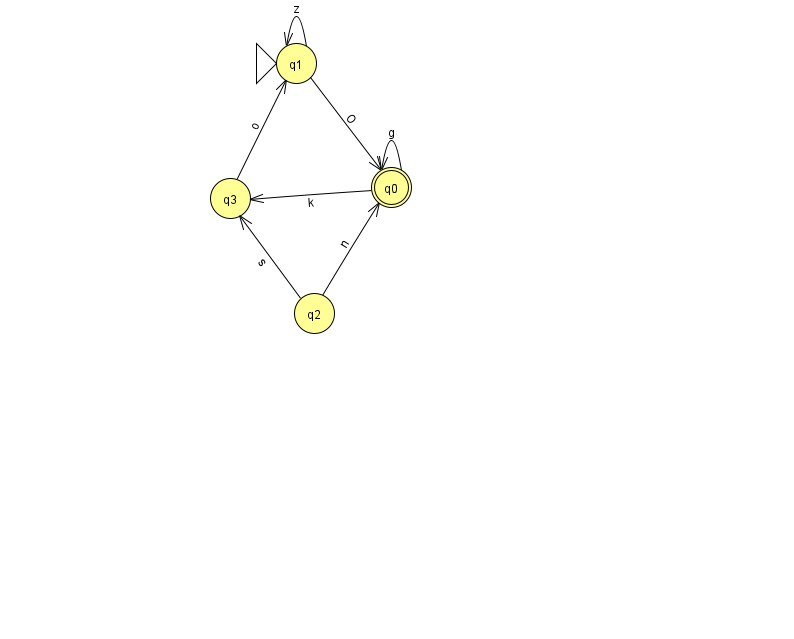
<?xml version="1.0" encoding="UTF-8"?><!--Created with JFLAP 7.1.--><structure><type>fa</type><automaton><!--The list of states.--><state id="0" name="q0"><x>391.0</x><y>174.0</y><final/></state><state id="1" name="q1"><x>296.0</x><y>50.0</y><initial/></state><state id="2" name="q2"><x>314.0</x><y>300.0</y></state><state id="3" name="q3"><x>230.0</x><y>185.0</y></state><!--The list of transitions.--><transition><from>2</from><to>3</to><read>s</read></transition><transition><from>0</from><to>0</to><read>g</read></transition><transition><from>3</from><to>1</to><read>o</read></transition><transition><from>1</from><to>0</to><read>O</read></transition><transition><from>0</from><to>3</to><read>k</read></transition><transition><from>1</from><to>1</to><read>z</read></transition><transition><from>2</from><to>0</to><read>n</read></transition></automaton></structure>